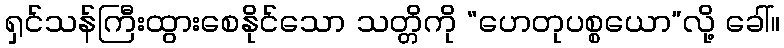
ရှင်သန်ကြီးထွားစေနိုင်သော သတ္တိကို “ဟေတုပစ္စယော”လို့ ခေါ်။